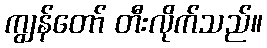
ကျွန်တော် တီးလိုက်သည်။